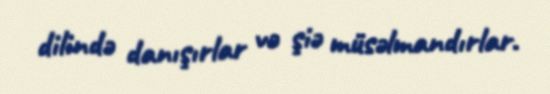
dilində danışırlar və şiə müsəlmandırlar.